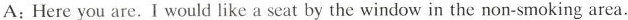
A:Hereyou are. I would like a seat by the window in the non-smoking area.